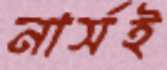
নার্সই